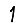
Digit: 1